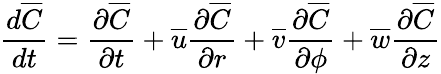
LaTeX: \frac{d\overline{{C}}}{dt}=\frac{\partial\overline{{C}}}{\partial t}+\overline{{u}}\frac{\partial\overline{{C}}}{\partial r}+\overline{{v}}\frac{\partial\overline{{C}}}{\partial\phi}+\overline{{w}}\frac{\partial\overline{{C}}}{\partial z}